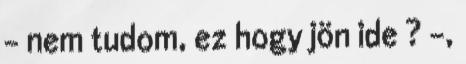
– nem tudom, ez hogy jön ide ? -,